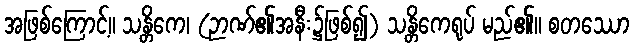
အဖြစ်ကြောင့်။ သန္တိကေ၊ (ဉာဏ်၏အနီး၌ဖြစ်၍) သန္တိကေရုပ် မည်၏။ စတဿော